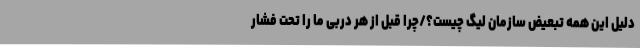
دلیل این همه تبعیض سازمان لیگ چیست؟/چرا قبل از هر دربی ما را تحت فشار